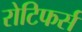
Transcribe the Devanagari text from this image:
रोटिफर्स